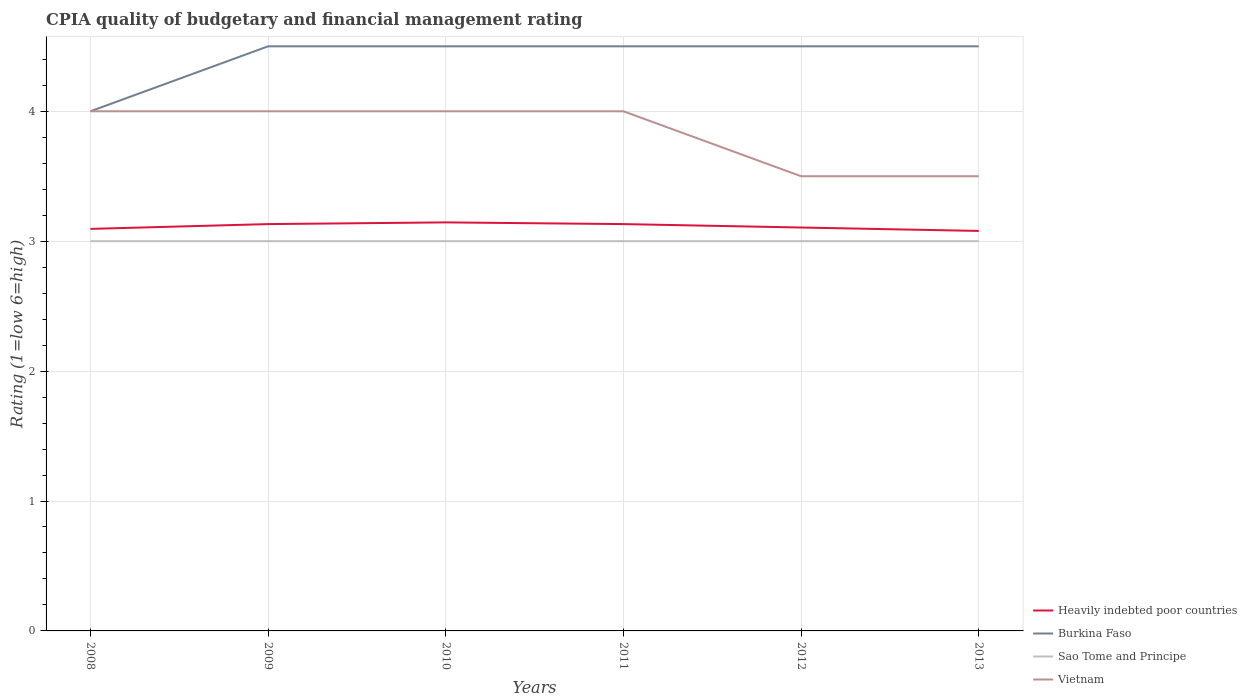
| Years | Heavily indebted poor countries | Burkina Faso | Sao Tome and Principe | Vietnam |
 | --- | --- | --- | --- | --- |
 | 2008 | 3.09 | 4 | 3 | 4 |
 | 2009 | 3.13 | 4.5 | 3 | 4 |
 | 2010 | 3.14 | 4.5 | 3 | 4 |
 | 2011 | 3.13 | 4.5 | 3 | 4 |
 | 2012 | 3.11 | 4.5 | 3 | 3.5 |
 | 2013 | 3.08 | 4.5 | 3 | 3.5 |